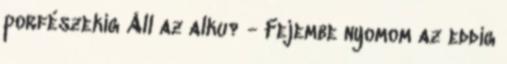
porfészekig Áll az alku? - Fejembe nyomom az eddig